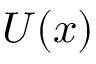
U ( x )